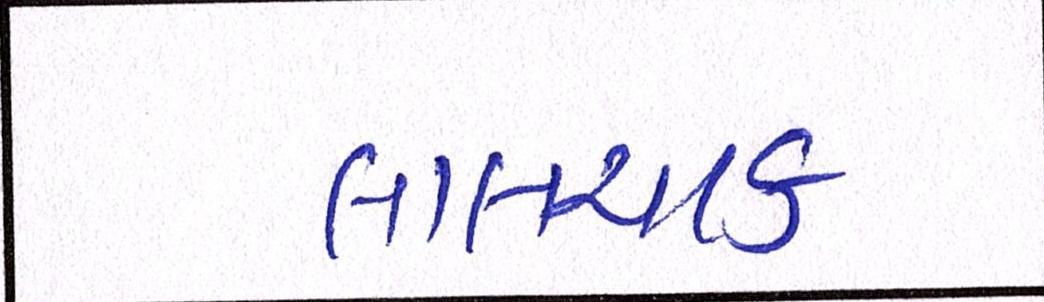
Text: લાલચટક